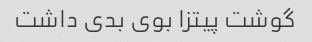
گوشت پیتزا بوی بدی داشت